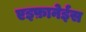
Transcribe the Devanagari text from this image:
एइफ़ानेईस